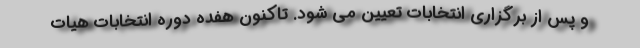
و پس از برگزاری انتخابات تعیین می شود. تاکنون هفده دوره انتخابات هیات